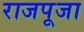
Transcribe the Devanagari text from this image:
राजपूजा